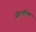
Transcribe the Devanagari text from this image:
ओल्यम्पिक